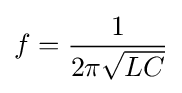
f={1 \over 2\pi {\sqrt {LC}}}